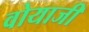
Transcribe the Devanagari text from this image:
वोयाजी